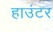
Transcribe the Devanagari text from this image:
हाउंटर